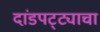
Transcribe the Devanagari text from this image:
दांडपट्ट्याचा